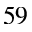
_ { 5 9 }